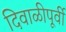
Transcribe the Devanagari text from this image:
दिवाळीपूर्वी